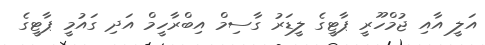
އަލީ އާއި ޖުމްހޫރީ ޕާޓީގެ ލީޑަރު ގާސިމް އިބްރާހީމް އަދި ގައުމީ ޕާޓީގެ